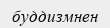
буддизмнен